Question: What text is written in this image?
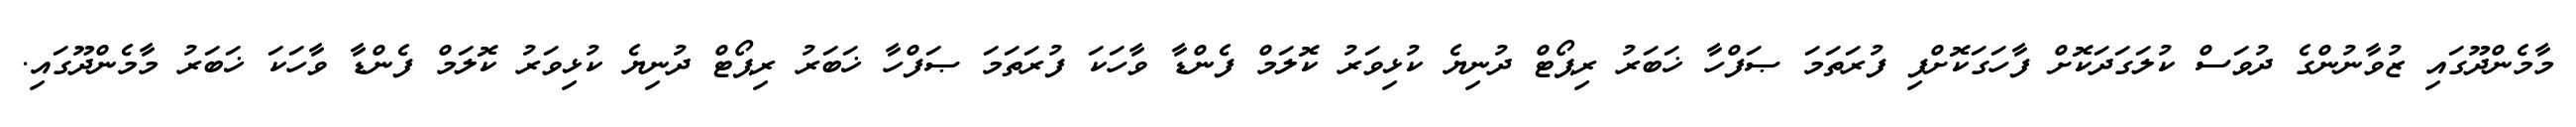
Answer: މާމެންދޫގައި ޒުވާނުންގެ ދުވަސް ކުލަގަދަކޮށް ފާހަގަކޮށްފި ފުރަތަމަ ޞަފްހާ ޚަބަރު ރިޕޯޓް ދުނިޔެ ކުޅިވަރު ކޮލަމް ފެންޑާ ވާހަކަ ފުރަތަމަ ޞަފްހާ ޚަބަރު ރިޕޯޓް ދުނިޔެ ކުޅިވަރު ކޮލަމް ފެންޑާ ވާހަކަ ޚަބަރު މާމެންދޫގައި.